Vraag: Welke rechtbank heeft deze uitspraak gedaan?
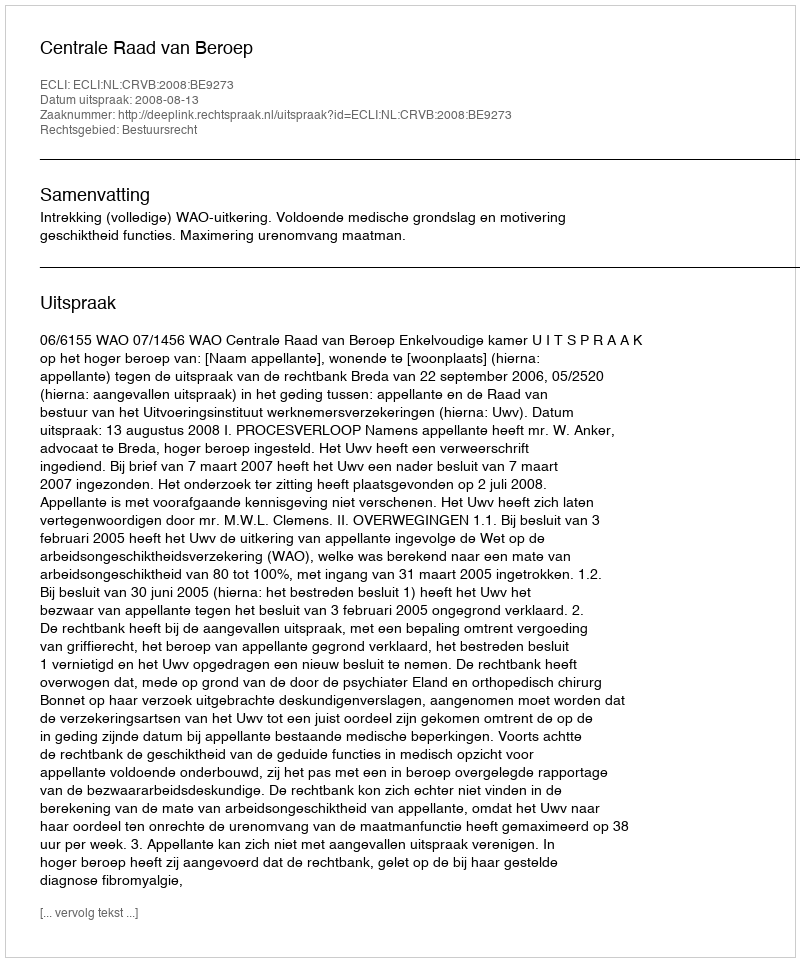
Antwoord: Centrale Raad van Beroep